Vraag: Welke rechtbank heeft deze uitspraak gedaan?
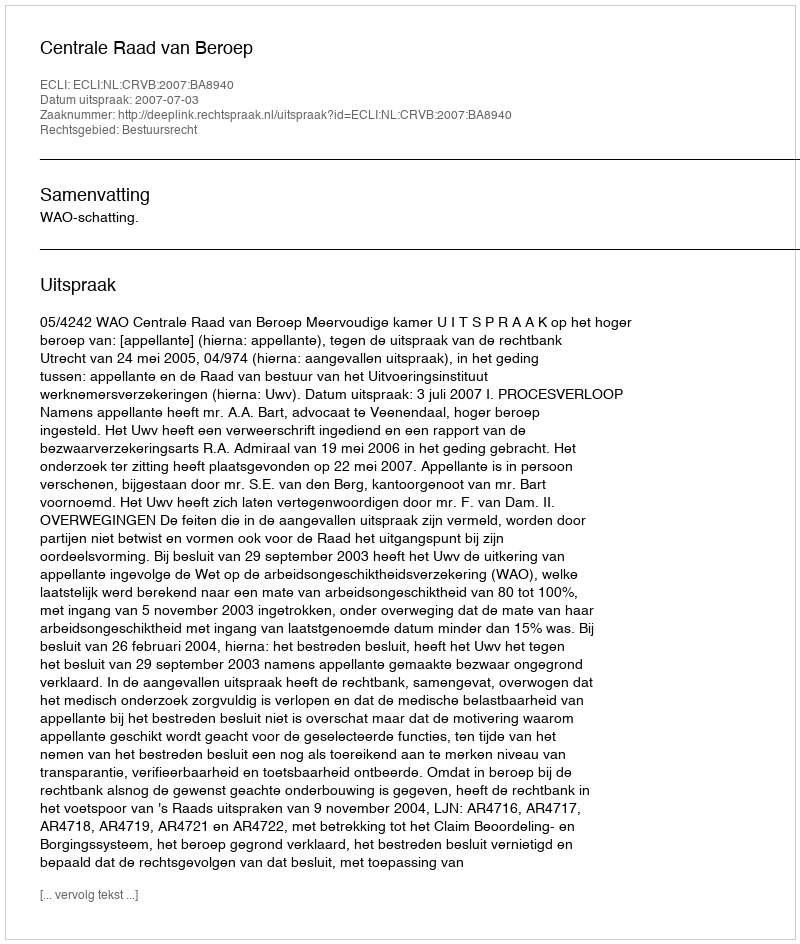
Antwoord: Centrale Raad van Beroep